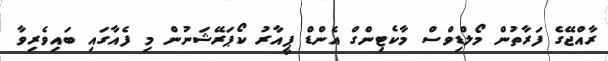
ރާއްޖޭގެ ފަރާތުން މޯލްޑިވްސް މާކެޓިންގް އެންޑް ޕީއާރު ކޯޕަރޭޝަނުން މި ފެއާގައި ބައިވެރިވާ